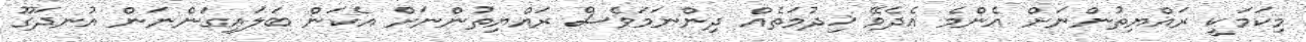
މިކަމަކީ ރައްޔިތުންނަށް އެންމެ އެދެވޭ ޚިދުމަތެއް ދިންނަމަވެސް ރައްޔިތުންނަށް އެކަން ބަލައިގަންނަން އުނދަގޫ